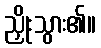
ညှိုးသွား၏။